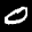
Label: 0